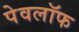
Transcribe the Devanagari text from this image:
पेवलॉफ